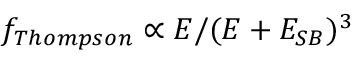
f _ { T h o m p s o n } \propto E / ( E + E _ { S B } ) ^ { 3 }